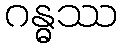
ဂန္ဓဿ